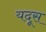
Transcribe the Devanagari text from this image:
यदूस